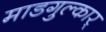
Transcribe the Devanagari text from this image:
माडगुल्कार्